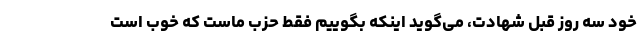
خود سه روز قبل شهادت، می‌گوید اینکه بگوییم فقط حزب ماست که خوب است